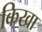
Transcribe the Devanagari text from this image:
किखा